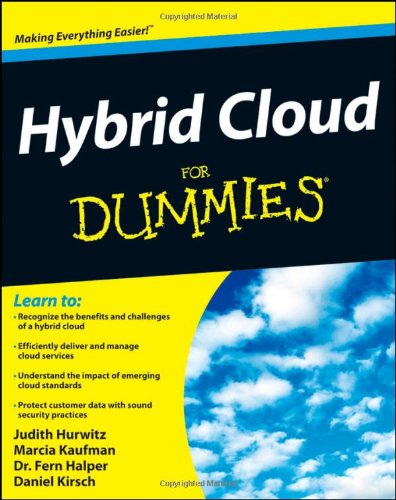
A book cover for Hybrid Cloud For Dummies; Judith Hurwitz; Computers & Technology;